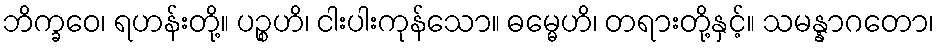
ဘိက္ခဝေ၊ ရဟန်းတို့။ ပဉ္စဟိ၊ ငါးပါးကုန်သော။ ဓမ္မေဟိ၊ တရားတို့နှင့်။ သမန္နာဂတော၊